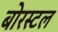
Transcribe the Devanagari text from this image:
बोरस्टल